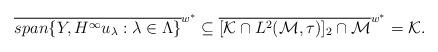
LaTeX: \begin{align*} \overline{span\{Y , H^\infty u_\lambda : \lambda\in\Lambda\}}^{w^*}\subseteq\overline{[\mathcal K \cap L^2(\mathcal{M},\tau)]_2\cap \mathcal{M}}^{w^*}=\mathcal K. \end{align*}